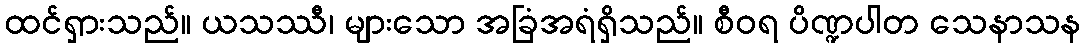
ထင်ရှားသည်။ ယသဿီ၊ များသော အခြံအရံရှိသည်။ စီဝရ ပိဏ္ဍပါတ သေနာသန